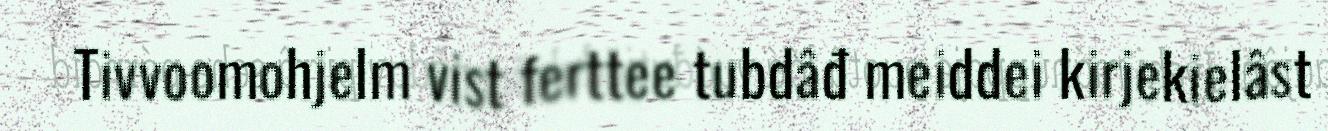
Tivvoomohjelm vist ferttee tubdâđ meiddei kirjekielâst